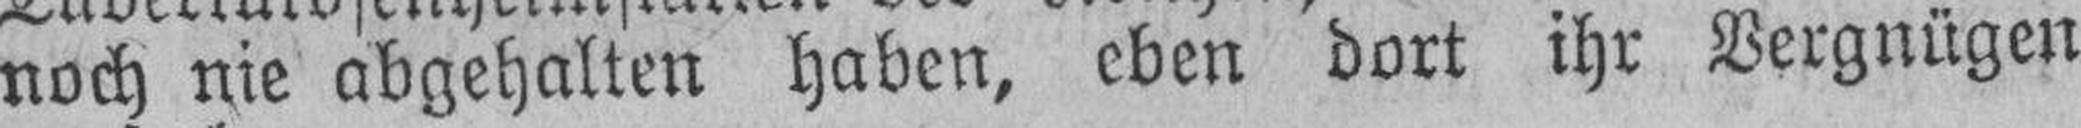
noch nie abgehalten haben, eben dort ihr Vergnügen